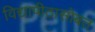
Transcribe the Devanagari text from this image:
विद्यापीठासोबत